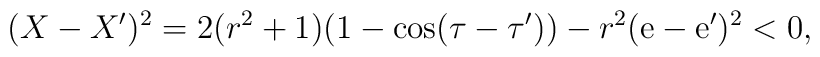
(X-X')^2 = 2(r^2 +1)(1 -\cos (\tau -\tau')) - r^2 ({\rm e}-{\rm e}')^2 <0,